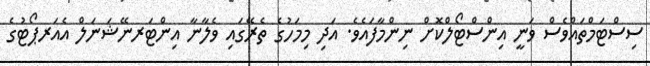
ސިސްޓަމްތައްވެސް ވަނީ އިންސްޓޯލްކޮށް ނިންމާފައެވެ. އަދި މިމަހުގެ ތެރޭގައި ވެލާނާ އިންޓަރނޭޝަނަލް އެއަރޕޯޓުގެ